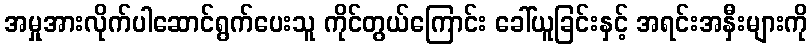
အမှုအားလိုက်ပါဆောင်ရွက်ပေးသူ ကိုင်တွယ်ကြောင်း ခေါ်ယူခြင်းနှင့် အရင်းအနှီးများကို